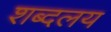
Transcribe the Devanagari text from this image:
शब्दलय